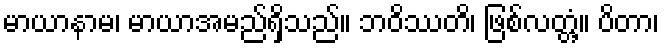
မာယာနာမ၊ မာယာအမည်ရှိသည်။ ဘဝိဿတိ၊ ဖြစ်လတ္တံ့။ ပိတာ၊